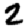
Digit: 2